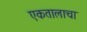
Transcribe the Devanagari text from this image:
एकतालाचा